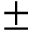
\pm